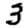
Digit: 3